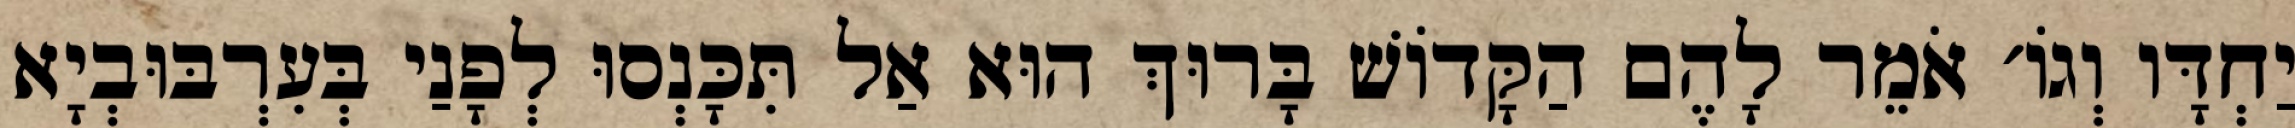
יַחְדָּו וְגוֹ׳ אֹמֵר לָהֶם הַקָּדוֹשׁ בָּרוּךְ הוּא אַל תִּכָּנְסוּ לְפָנַי בְּעִרְבּוּבְיָא